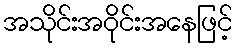
အသိုင်းအဝိုင်းအနေဖြင့်